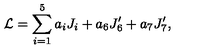
{ \cal L } = \sum _ { i = 1 } ^ { 5 } a _ { i } J _ { i } + a _ { 6 } J _ { 6 } ^ { \prime } + a _ { 7 } J _ { 7 } ^ { \prime } ,